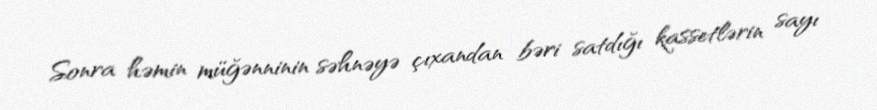
Sonra həmin müğənninin səhnəyə çıxandan bəri satdığı kassetlərin sayı